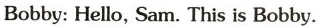
Bobby: Hello, Sam. This is Bobby.